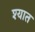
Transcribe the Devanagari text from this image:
श्यात